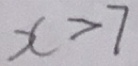
x > 7